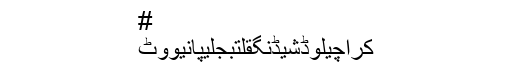
#
کراچیلوڈشیڈنگقلتبجلیپانیووٹ